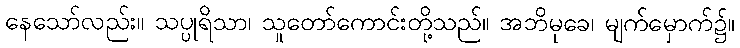
နေသော်လည်း။ သပ္ပုရိသာ၊ သူတော်ကောင်းတို့သည်။ အဘိမုခေ၊ မျက်မှောက်၌။